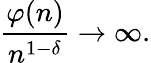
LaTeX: {\frac{\varphi(n)}{n^{1-\delta}}}\rightarrow\infty.